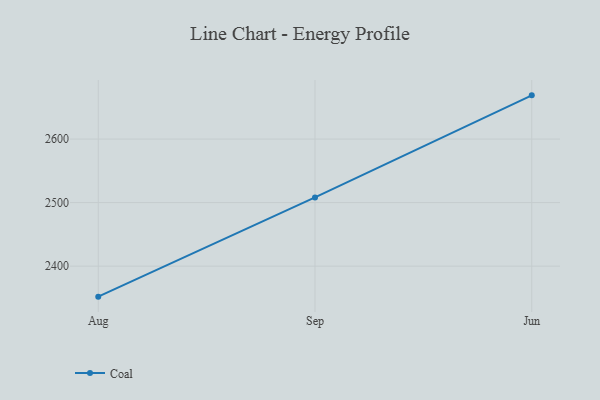
{"axis": {"x": "Month", "y": "Energy Usage (MWh)"}, "legend": ["Coal"], "data": [{"x": "Aug", "y": 2352.0, "type": "Coal"}, {"x": "Sep", "y": 2508.1, "type": "Coal"}, {"x": "Jun", "y": 2668.8, "type": "Coal"}]}